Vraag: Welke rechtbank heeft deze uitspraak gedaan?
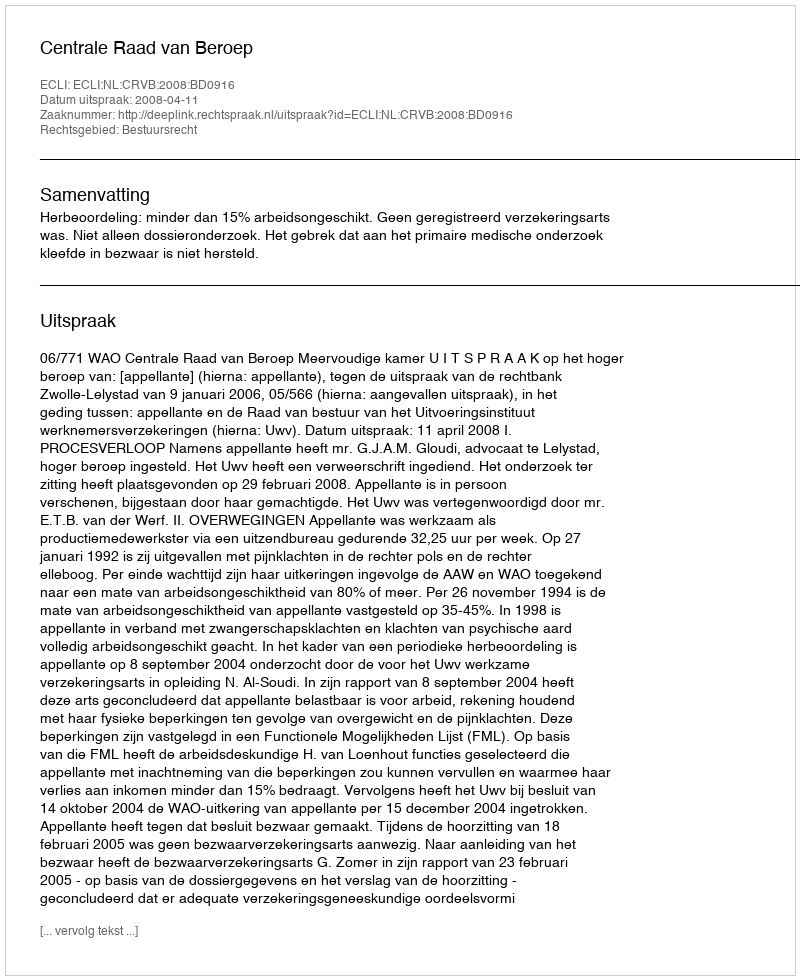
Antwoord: Centrale Raad van Beroep